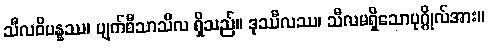
သီလဝိပန္နဿ၊ ပျက်စီသာသီလ ရှိသည်။ ဒုဿီလဿ၊ သီလမရှိသောပုဂ္ဂိုလ်အား။